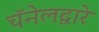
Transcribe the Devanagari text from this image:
चॅनेलद्वारे